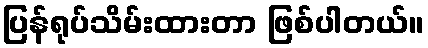
ပြန်ရုပ်သိမ်းထားတာ ဖြစ်ပါတယ်။